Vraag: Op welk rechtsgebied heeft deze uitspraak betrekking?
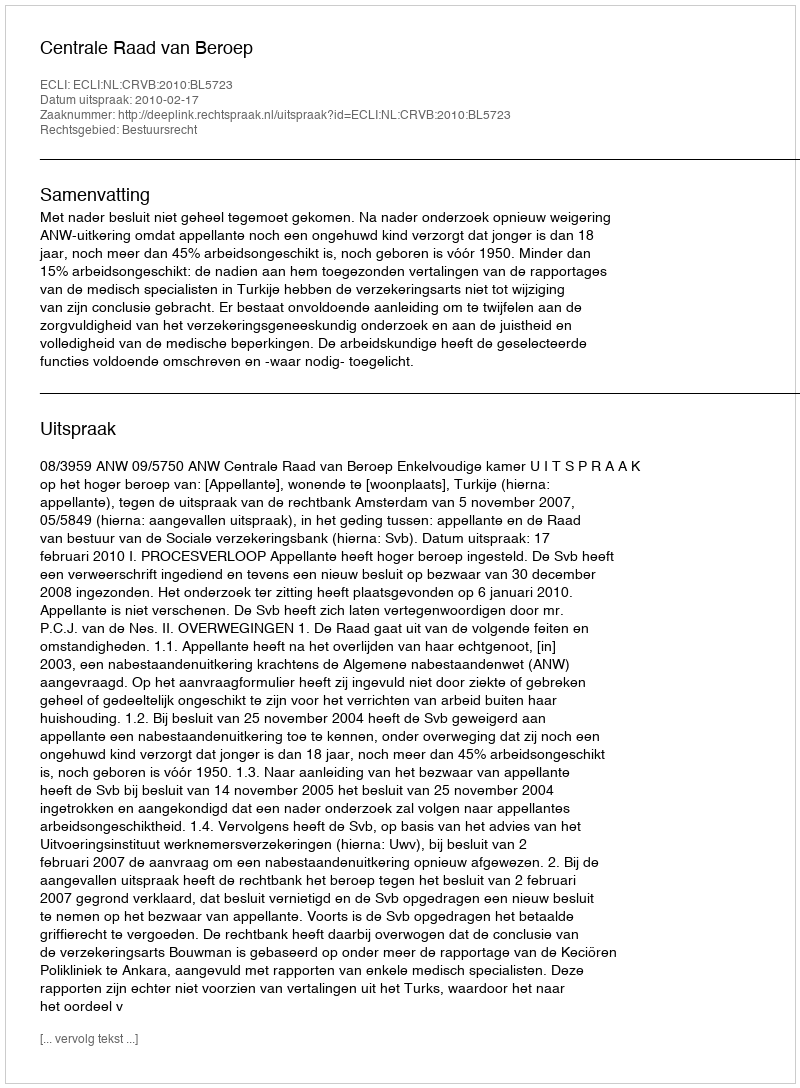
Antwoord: Bestuursrecht